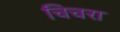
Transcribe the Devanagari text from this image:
चिचरा